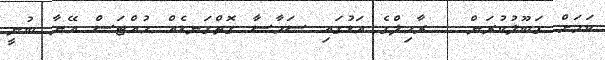
ކަމަށް ގަބޫލުކުރަން..  ރާހިލްގެ އަޑުގައި ސަމާސާ ގޮތްގަނޑެއް ހުއްޓަސް އޭނާ ބުނީ